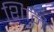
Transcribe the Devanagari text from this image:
शिनि